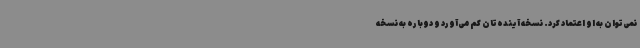
نمی‌توان به او اعتماد کرد. نسخه آینده‌تان کم می‌آورد و دوباره به نسخه